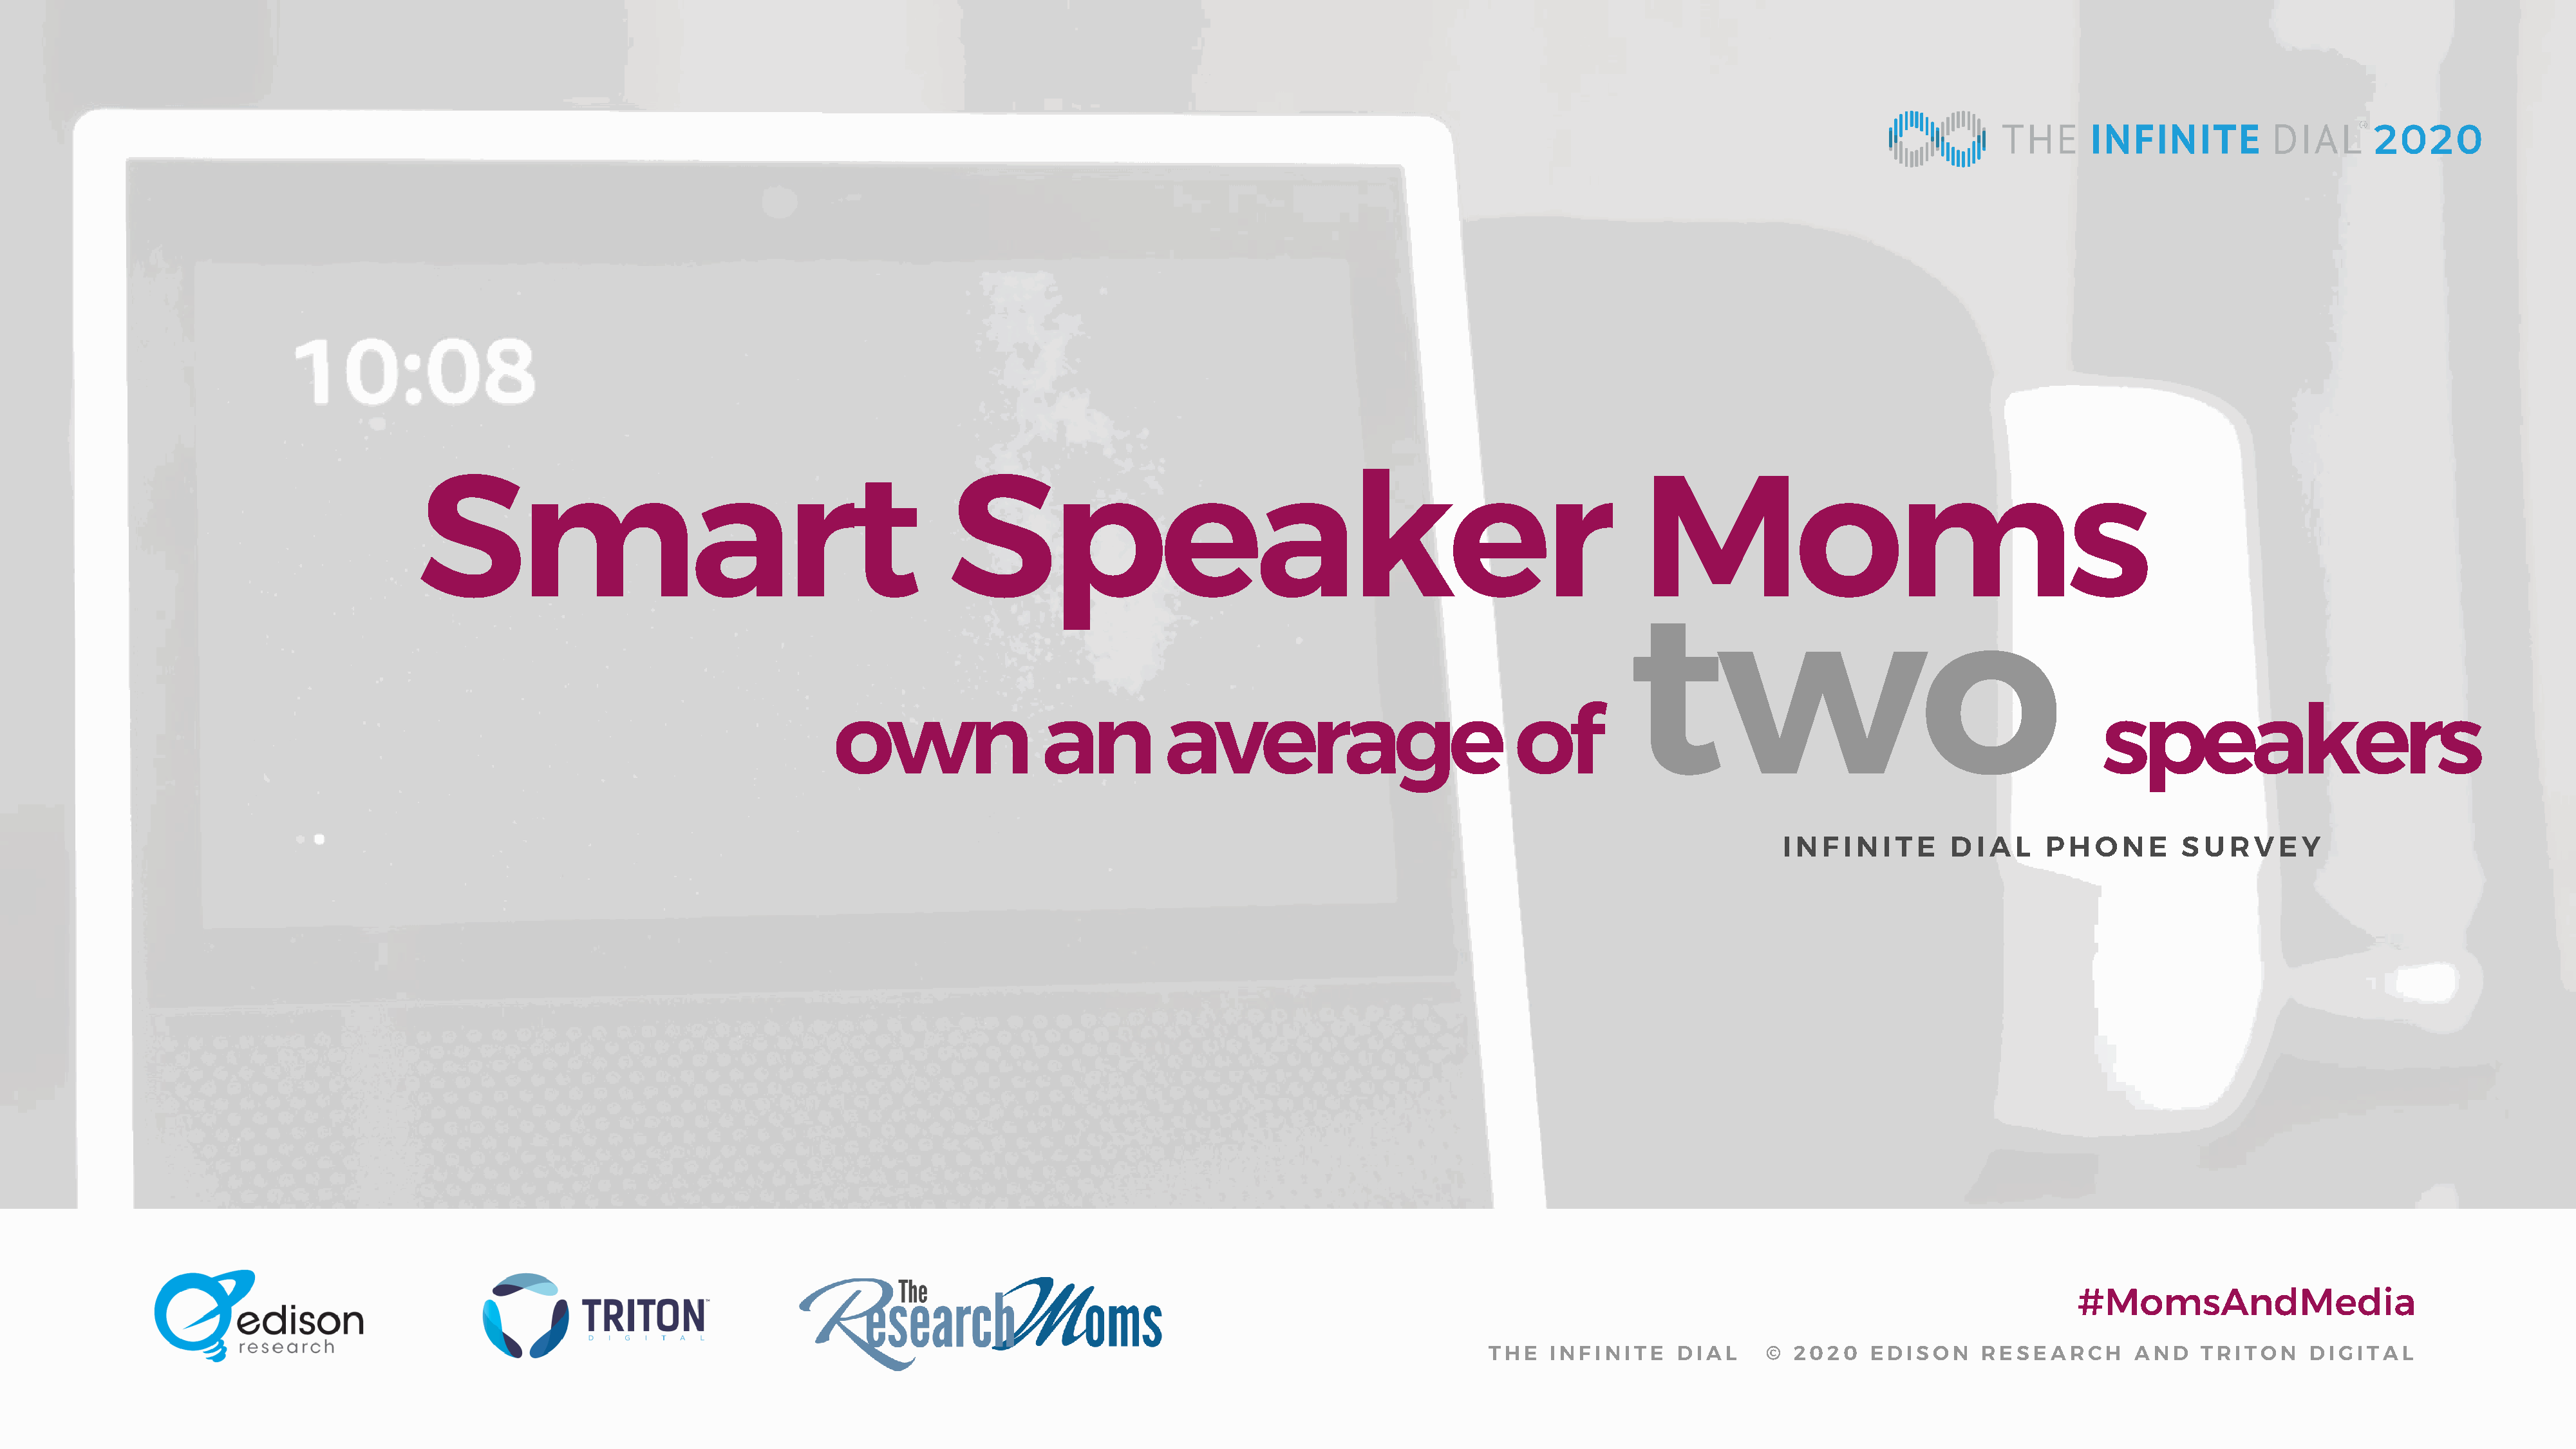
Smart                                                 Speaker                                                                 Moms
 two
 own                  an           average                             of                                                          speakers
 I N F I N  I T E  D I A L  P  H O  N  E  S  U R  V E  Y
 #MomsAndMedia
 THE   INFINITE     DIAL      © 2020    EDISON      RESEARCH       AND    TRITON     DIGITAL